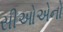
સીઓએનો